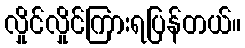
လှိုင်လှိုင်ကြားရပြန်တယ်။